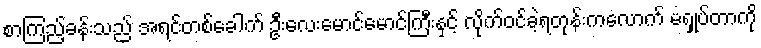
စာကြည့်ခန်းသည် အရင်တစ်ခေါက် ဦးလေးမောင်မောင်ကြီးနှင့် လိုက်ဝင်ခဲ့ရတုန်းကလောက် မရှုပ်တာကို